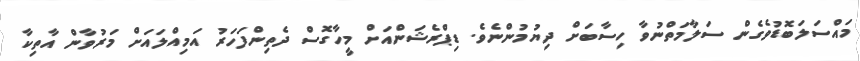
މައްސަލަބޮޑުވެގެން ސަލާމަތްނުވާ ހިސާބަށް ދިޔުމުންނެވެ. ޑިޕްރެޝަންއަށް މީހާގޮސް ދެތިންފަހަރު އަމިއްލައަށް މަރުވާން އާތިކާ